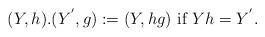
LaTeX: \begin{align*}(Y,h).(Y^{'},g):=(Y,hg) \textrm{~if~}Yh=Y^{'}.\end{align*}